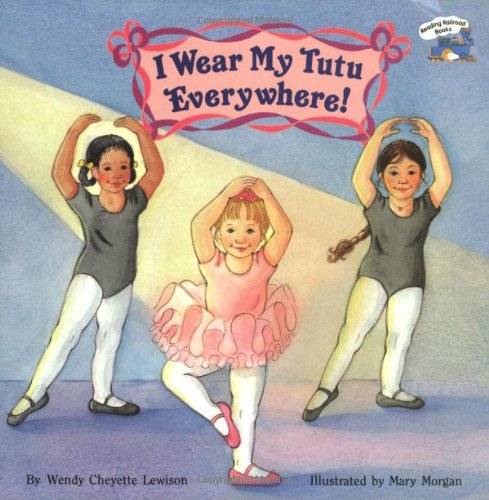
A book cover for I Wear My Tutu Everywhere! (Reading Railroad); Wendy Cheyette Lewison; Children's Books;